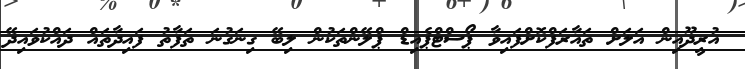
އުރީދޫއިން އަލަށް ތައާރަފްކޮށްފައިވާ ޕޯސްޓްޕެއިޑް ޕްލޭންތަކުން ލިބޭ ގިނަގުނަ ތަފާތު ފައިދާތައް ދައްކުވައިދޭ